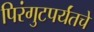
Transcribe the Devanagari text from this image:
पिरंगुटपर्यंतचे